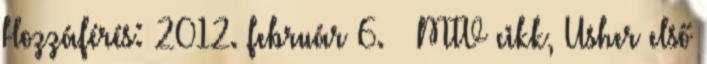
Hozzáférés: 2012. február 6. ↑ MTV cikk, Usher első